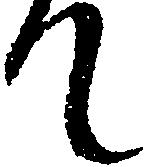
て